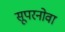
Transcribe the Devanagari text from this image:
सूपरनोवा